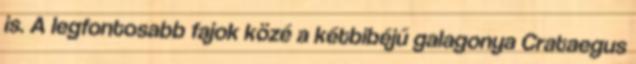
is. A legfontosabb fajok közé a kétbibéjű galagonya Crataegus